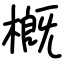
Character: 槪